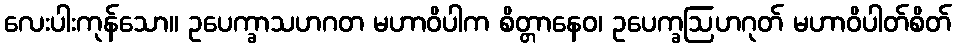
လေးပါးကုန်သော။ ဥပေက္ခာသဟဂတ မဟာဝိပါက စိတ္တာနေဝ၊ ဥပေက္ခဩဟဂုတ် မဟာဝိပါတ်စိတ်